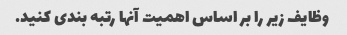
وظایف زیر را بر اساس اهمیت آنها رتبه بندی کنید.